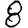
Digit: 8